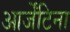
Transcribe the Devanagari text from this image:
आर्जेंटिना